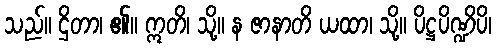
သည်။ ဌိတာ၊ ၏။ ဣတိ၊ သို့။ န ဇာနာတိ ယထာ၊ သို့။ ပိဋ္ဌပိဏ္ဍိပိ၊